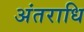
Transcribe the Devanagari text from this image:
अंतराधि